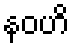
နဝဟိ